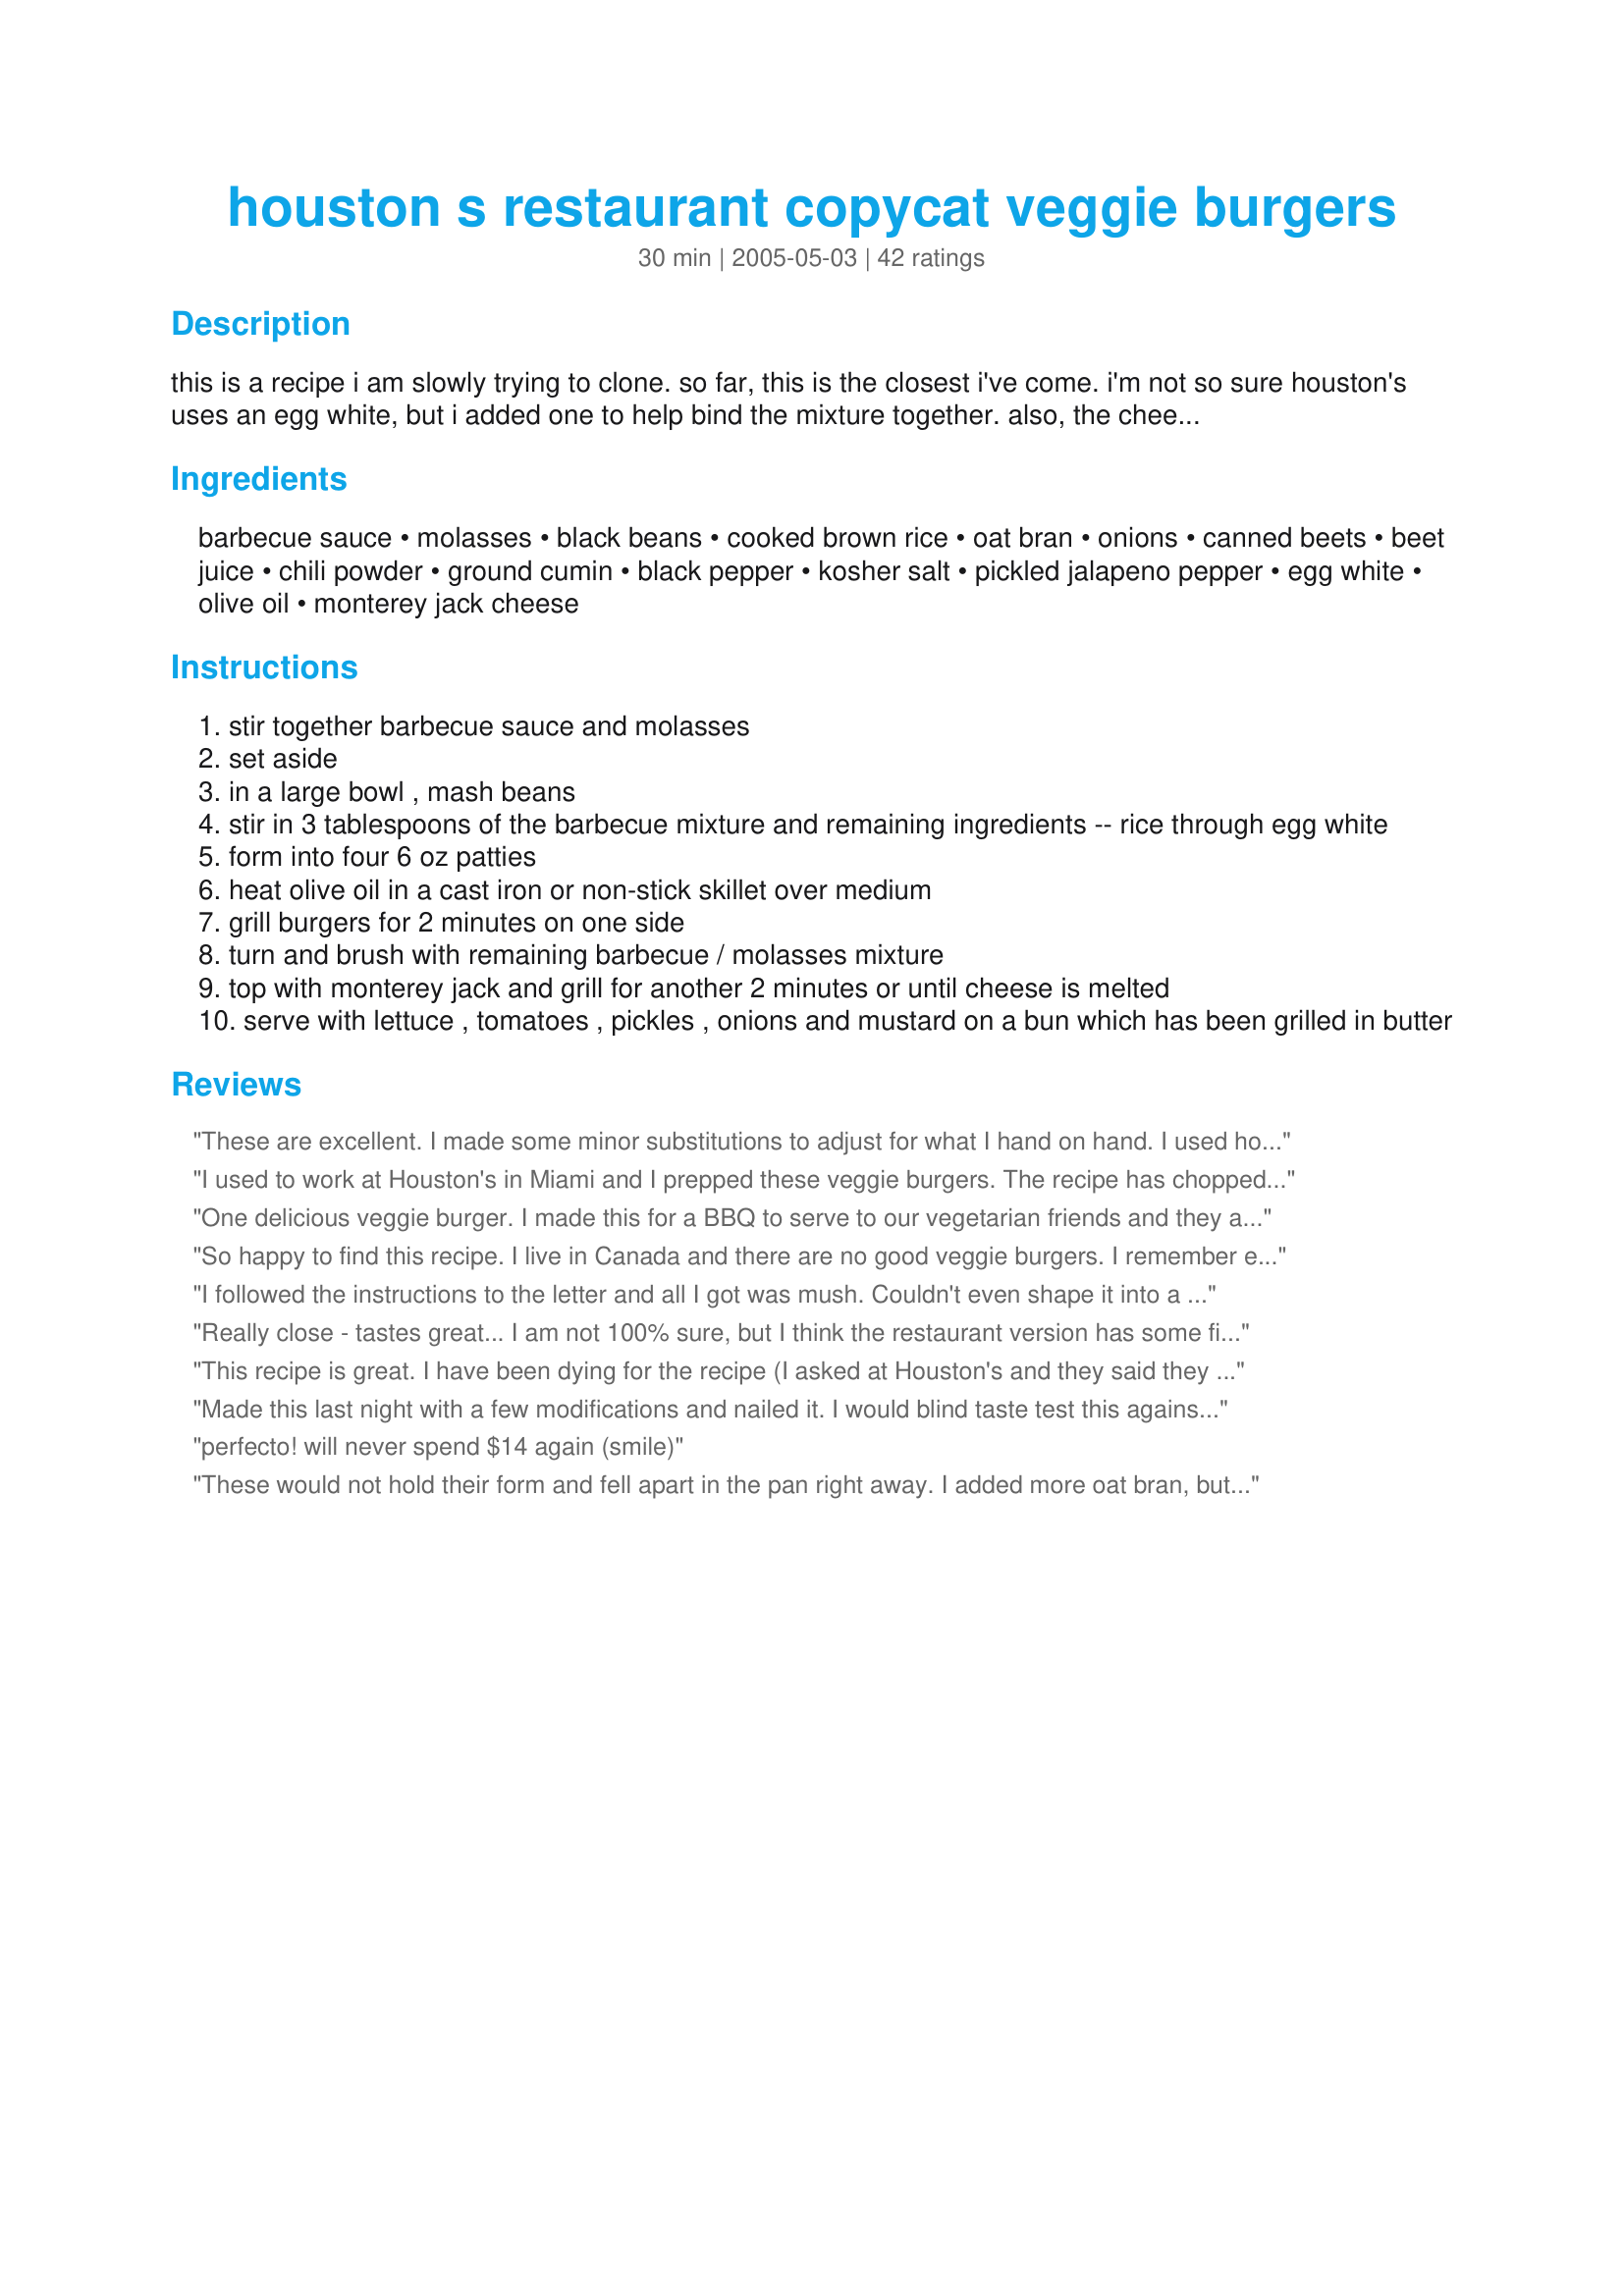
houston s restaurant copycat veggie burgers
Preparation time: 30 minutes

this is a recipe i am slowly trying to clone. so far, this is the closest i've come. i'm not so sure houston's uses an egg white, but i added one to help bind the mixture together. also, the cheese is optional. houston's definitely grills their buns in butter, so that's probably another reason why their burgers are so good. if you try this and have any tips for me, please let me know. thanks!!

p.s. thanks for the reviews. i don't have premium (yet) and can't email you all thank yous, but i'm reading the reviews and appreciate the input.

Ingredients:
barbecue sauce, molasses, black beans, cooked brown rice, oat bran, onions, canned beets, beet juice, chili powder, ground cumin, black pepper, kosher salt, pickled jalapeno pepper, egg white, olive oil, monterey jack cheese

Steps:
stir together barbecue sauce and molasses
set aside
in a large bowl , mash beans
stir in 3 tablespoons of the barbecue mixture and remaining ingredients -- rice through egg white
form into four 6 oz patties
heat olive oil in a cast iron or non-stick skillet over medium
grill burgers for 2 minutes on one side
turn and brush with remaining barbecue / molasses mixture
top with monterey jack and grill for another 2 minutes or until cheese is melted
serve with lettuce , tomatoes , pickles , onions and mustard on a bun which has been grilled in butter

Reviews:
These are excellent. I made some minor substitutions to adjust for what I hand on hand. I used honey not molasses, honey garlic BBQ sauce not hickory, a fresh jalapeno not pickled, and 1 small pickled beet not canned. I also reduced the cumin and salt and left out the egg as it did not need it. I put all the ingredients in the food processor and it was done in no time. These were full of flavour and a hit with my vegetarian daughter. Thanks for the easy recipe.
I used to work at Houston's in Miami and I prepped these veggie burgers.

The recipe has chopped FIGS in it and tons of garlic.
One delicious veggie burger. I made this for a BBQ to serve to our vegetarian friends and they all raved.
So happy to find this recipe. I live in Canada and there are no good veggie burgers. I remember eating at Houston&#039;s all the time off Westheimer and asking for the recipe. The waiter would tell me one ingredient at a time and I for sure remember him mentioning mushrooms and oats. For those wanting to eliminate the egg I would think 1 tbsp of flax powder would hold and bind the recipe. I am going to try this recipe and add the flax and mushrooms and you let you know how it turns out, I &#039;ll include a photo.
I followed the instructions to the letter and all I got was mush. Couldn't even shape it into a patty. This was my last try at Veggie Burgers and I have to say, I will never try it again. Hello clogged arteries, good-bye veggies
Really close - tastes great... I am not 100% sure, but I think the restaurant version has some finely chopped dates (or maybe raisins... something like that). Not a lot of them, but I have seen them in the burgers before!

I also throw in some bread crumbs if the patties are too wet.
This recipe is great. I have been dying for the recipe (I asked at Houston's and they said they could not give it out, so I was very happy to find it here). I added extra beets and onions (just a couple Tbs extra) and because the patties are so flaky, I ended up baking it in a casserole dish at 350 for about 20 min. instead of making into indiv. patties.
Made this last night with a few modifications and nailed it. I would blind taste test this against Houston's any day.<br/> <br/>First make your own bbq sauce, 2 tablespoons each of soy, molasses, honey and Hoisin. Stir and put to the side. <br/><br/>In another large bowl dice beans as recipe calls for then add half of the bbq sauce, save rest for when cooking patties.<br/><br/>Cook 1 and half cups of brown rice (I used brown jasmine) and roast two beets (go online to see how, really easy, olive oil and salt sealed in aluminum foil at 375 till soft to the touch. Half of a white onion, sautéed, when each is done add to beans (dice beets and add any juice from foil)<br/><br/>Add 1 teaspoon each of chili powder and salt.<br/>1/4 teaspoon each of ground cumin, smoked paprika and ground black pepper.<br/>1 diced fresh jalapeno<br/>4 diced garlic cloves.<br/>2 teaspoons of olive oil<br/>2 each of dried prunes, plums and figs - diced<br/>1 egg or egg substitute <br/><br/>Take your time, should be about 50 minutes and everything around room temp. They stayed together perfectly.<br/><br/>To cook, get a cast iron skillet smoking, add a coat of olive oil, place patties and drip bbq sauce on top, flip after 2 minutes and repeat with sauce. Add monterey jack slices and cover for two minutes. Get good buns and broil with olive oil.<br/><br/>They need nothing else, meat eaters loved and veggie%u2019s said it was better than houstons. Worth the work, one hour total. I made 6 patties with leftovers.<br/>Good luck and enjoy
perfecto! will never spend $14 again (smile)
These would not hold their form and fell apart in the pan right away. I added more oat bran, but still fell apart. The taste was pretty good, but the patty needs more structure.
Thank you for putting this recipe on the web. I moved from FL to VT 3 years ago - no Houston&#039;s in sight. This is even better because I don&#039;t even have to leave home to get the fine taste that I have been missing! Outstanding!!! Nicely done!
A good veggie burger, but no where near the same taste as Houston&#039;s.
Headchef, do you know the quantities of your ingredient list....& what kind of oat cereal .....please share...thanks
Houston's may use different things at different locations because the one I eat at roasts their own beets and uses them for the garden burgers. So it's ROASTED BEETS instead of canned. I LOVE their garden burgers!
Recipe is great. Just needed a couple modifications (which I'm going to still work on)

1 cup (instead of 1/2 cup breadcrumbs)
2 eggs (instead of 1)

Adding 1 tbsp. honey did wonders for the flavor

Also, I would recommend roasting the onions and the beets before adding. This helped maintain consistency.
I haven't tried this yet, however when I quizzed a houston's waiter once, I was told "prunes" was one of the ingredients.
Incorporated many of foodforjoe's suggestions. Served it last night to a 'restauranteur' who gave it a thumbs up. I made it with figs and they worked great. Also used 2 cans beans and 4 cups cooked varied brown rice. <br/><br/>My main modification. Having been fiddling with this recipe multiple times, this time I used a food processor first fully processed the beans (drained and rinsed) and then added the rice to the make a thoroughly pasty mixture. After that I added all the remaining ingredients including about a third a cup of panko and one egg while I formed the patties and the refrigerated them for about a half hour before cooking. They stayed together like glue and looked amazingly meat like and gorgeous! (as well as very tasty).<br/><br/>My one other 'beef'. With all the discussion of the burgers I've heard from only one person about the sauce Hillstone uses. Not having eaten there in a while I didn't have much of a recollection of it other than to recall it as being part of a sublime experience. Someone mentioned it as being a combination of mayonnaise and dijon mustard which I tried. It was an excellent addition. Serving it with Trader Joe's ciabatta (?) type rolls which I did NOT first butter before grilling (a little mayonnaise served as my concession to taste over health) and sliced tomatoes, red onions and sweet pepper relish rounded out a thoroughly delicious burger. Did I mention that the restauranteur has a BBQ restaurant as his main venture?<br/><br/>Made it basically double size (as above) in order to have lots of left overs which we did. It made about 12 delicious burgers.<br/><br/>Any other suggestions re the sauce would be welcome
I have to say this is definitely very close to the Houston's veggie burger! It was very delicious and quite easy to make. I did read the other reviews and made slight modifications. I sauteed the onion and garlic first. I also used my food processor and processed the beans first. Then I put all the other ingredients in. I added 2 diced prunes and 3Tbs of bread crumbs. I also added 1 more TBS of oat bran. I also used the Ener-G egg replacer. I processed everything together and I don't know if it was because I used the food processor but I did not have a problem with it falling apart at all. I used a lid to a tupperware that I had and I used some press and seal wrap. I put the lid under the wrap and formed the patties then once I wrapped them all I put them in the fridge to chill. They were in there for about an hour, maybe an hour and a half, then I heated in the skillet. They never fell apart even when I flipped them. I will definitely be making more of these. I am the only vegan in the family and my daughter who definitely loves meat loved this burger and I wound up having to heat one up for her after she ate her whole dinner. I used to live fairly close to a Houston's and it was definitely a restaurant we went to often, but then I moved and the closest one is over an hour away so I never get to eat there anymore. I have definitely missed eating there but now I don't have to miss it anymore! Thanks for sharing the recipe!
Having just eaten a Houston's veggie burger the other day, and watching the grill guy make them (as we were waiting for a table), I can say this is a pretty close recipe. One thing for sure, we asked the grill guy what he was brushing on the burgers, and he said sweetened soy sauce, and the waitress told us dried prunes were in here too. They also grill over a wood burning grill. So, I took that info and tweaked this recipe slightly. I firstly used short grain brown rice, cooked it first and allowed it to cool to room temp before making these. I used 2 cps of cooked rice, 1 can of rinsed and drained black beans. I saut&eacute;ed half of a Vidalia onion and 2 cloves of garlic. I did all this prepping in the food processor, so everything was super tiny, the beets and a fresh seeded jalape&ntilde;o instead of pickled. Also, used 4 dried prunes and did those in the processor as well as roughly mashed the beans in the processor. Added 1/4 cp of oat bran cereal instead of the 1 Tbs called for in this recipe. The rest of the spices, beet juice the same as this recipe. I did NOT add egg white. I made a brushing mixture of lite soy, honey, and because I did not put these on a charcoal grill, I addded liquid smoke to taste. The addition of the liquid smoke, I think, really gives this a grilled and smoky taste. I used no barbecue sauce mixture in the burgers themselves. I mixed all this with my hands and really incorporated it all thoroughly. The burgers stuck together beautifully, no problem with falling apart. I dipped the entire burger in the soy mixture before grilling stovetop. These really are good. Perhaps a little more black bean tasting than Houston's, but it's a winner for a veggie burger, lots of flavor. Thx for sharing your original recipe. And hope you don't mind the few changes.
I loved this recipe but changed some things to make sure that the patties won't fall apart. I used a whole egg instead of the egg white, intead of the oat bran I used 3 tbsp oats ( we dont get oat bran here). I also cooked the onion so that they won't release more water into the pattie and make it fall apart. The other thing I changed was using short grain rice because that is all I happened to have at home. The patties cooked beautifuly and my DH didn't notice that he was eating a veggie burger until I told him. I think they were superb and hope this information will help you perfect it. THANKS CLAIRE
Awesome. So excited about this recipe as the veggie burger is all I ever order at Houston’s. 5 star flavor! But 4 stars bc I ran into a problem. Noticed the consistency seemed to wet. I After reading reviews, I added more bran. Thought about adding the whole egg but it was too late. Cooked them on the egg and had to put them on foil bc even with additional bran they were too liquid. Ok so cooked them on one side and tried to flip but they stuck. Flipped them anyway, brushed with suace and added cheese. Beautiful presentation! Delicious flavor. Rivals Houston’s. Just don’t know how to fix the consistency problem so I could put straight on the grill and nix the foil. Or how to prevent the awful sticking to the foil if I have to use foil. Also I added minced garlic, 3 cloves and 1/2 minced scallion. So very good!
We don&#039;t have a Houston&#039;s around here but we sure liked these. Have been trying many lately and these are the best.
i worked for the restaurant and can tell you that it is definitely brushed with sweet soy sauce during cooking! hope this helps :)
I have tried a similar recipe and asked Houston's. They do use small black beans, beet juice only-no chopped beets (though that is a nice addition),sweet soy sauce, oat bran, and mushrooms.If you look at Bandera's recipe they use sweet potatoes too. I tried it and its good.I don't think they use egg white-according to Peta's website this burger is vegan. I'm experimenting again tonight. I'll let you know how it comes out.
Pretty good. I've never put beets in veggie burgers (or anything for that matter :D) and they add a really nice background flavor! I baked the patties then lightly fried them before serving. They help together ok, but that is an aspect that would need tweaking (I used 1 whole egg).
Thanks!
I took the advice of 1/4 Cup Oat Bran, 1 egg and saute chopped onion before adding to mixture.<br/>Baking using olive oil non stick spray was fine and the burgers didn't fall apart. I had honey so I used that instead of molasses. I also added figs and a teaspoon of crushed garlic. Mashing the black beans was labor intense. Any helpful hints?
You did an excellent job! We are so excited. We have been trying to duplicate this recipe for years. I will let you in on a little secret. I became friendly with a waiter at Housten's. He told me there were plums in the recipe. I assumed he meant prunes. So, I chopped up some prunes and added them to the recipe. That is all I changed. Excellent job. Congrats again on finding he secret ingredients. Well done!
My husband and I eat at Huston's mainly for this housemade veggie burger....I was kind of hesitant to try this because of the work involved BUT it was sooooooooo worth it! I added more of the oatbran to my burger mix only because it was very sticky and wasn't holding together well. Once I added the extra oatbran I formed them into patties and stuck them in the fridge for about an hour to firm up. They were very very close to the taste of Houston's veggie burger. Has anyone tried freezing them? They are quite time consuming but very much work the effort.
Just made this. It came out great!!! We put it on a buttered brioche bun from Aldi's. It was the closest to Houston's. Served it with lettuce tomato onion pickle avocado &amp; chips. Next time the side will be jicama, apple fennel slaw. Thank You. Eileen Allar
Brilliant! I increased the oat bran to 1/4 cup, added 1/4 teaspoon smoked paprika, and instead of an egg I used 1/2 teaspoon cornstarch. Houston's has my favorite veggie burger ever and this is an almost exact replica! Scrumptious!
Houston's lied to you, Chef#226412---They do use chopped beets. I used to make the veggie burgers when I worked prep there. Brown rice, oat cereal, chopped black beans, salt, pepper, fresh garlic, jalapenos, white onion. The glaze is honey, soy, hoisin, and molasses. it gets dipped before grilling and held in the marinade before cooking.
The recipe is quite good but I was frustrated by the burgers falling apart!! I have now solved the problem:1. add 2 tablespoons bread crumbs 2. add 2 beaten eggs and 3....Most Important... heat burger pattys in Microwave for 2 minutes prior to storing in fridge !
This may be IT. I've been trying to "reverse engineer" this burer for some time. 

Two amall differences however, our local Houstons in SOCAL uses small black beans instead of pintos and a small amount of something red like maybe shredded cooked beets to give the burger a rare meat look. 

The proportions and measurements are kinda weird, and I agree that it needs experimentation. 

Please report on your results and I will too. thanks rich vinet, irvine, CA
i could have sworn there were carrots in this patty. Also, for serving (aside from the cheddar cheese, sliced sour dill pickles, tomato and onion), Houston&#039;s uses and egg bun, mayo and mustard, puts shredded cabbage under the patty (on the bottom half of the bun) to prevent the bun from getting soggy, and also uses a specialty sweet relish that is made with cinnamon.&lt;br/&gt;I&#039;m looking forward to trying this burger recipe. For me, the setup is just as important as the patty itself.
I made these burgers and was shocked by how good they were! Used chetter cheese but went by recipe the rest of the way. Suggest finely chopping the beans instead of mashing them for a little more texture and adding some bread crumbs or flour so the patties won't be quite as sticky.Also use fresh jalapenos.
I love this recipe. I also had to modify it. I added an extra egg and then equal amounts of bread crumbs & oat bran until they held together a little better. Once I formed patties I refrigerated them until I was ready to cook them.
this was a really good recipe that I have used many times, and I really appreciate the time the author took to put it together. I have experimented with it in various ways. It doesn't hold together, but neither do the Houston's burgers really.

One thing that I have found REALLY helps is to use Ener-G Egg Replacer instead of the egg, and letting it sit in the fridge overnight before using it. I'm not vegan but was experimenting with the egg replacer, and I found that for some reason it really makes it taste like the original. Or at least good. If you don't have it, the egg replacer is made of potato starch mainly, which you mix with water. you could probably google it for the ingredients.

I also don't use the oat brain but sometimes oat meal if I have it.
The flavor is phenomenal! Exactly like Houston's. I would have given 5 stars but the burgers didn't hold together well. Maybe I did something wrong? I will definitely make these again and often and will revise my rating to 5 stars if the burgers hold together next time.
I made these last night and they were delicious! However, the patties did crumble, so I will try the tips for adding bread crumbs and beaten eggs. Any other suggestions out there to make it bind together? Thanks.
excellent black bean burger! I read all the reviews, substituted 1 whole egg for the egg whites, rolled oats for the oat bran, added a little more roasted beets and 2 TBL chopped garlic, and 4-5 TBL bread crumbs to help hold them together. I refrigerated them for two hours, then cooked them in a nonstick skillet. They held together and were a major hit with my husband and son.
I had been looking forward to trying this recipe after a friend told me about it. I really liked it! I did a few things differently... I wanted to make them vegan, so I substituted the egg white for 1 tablespoon white rice flour and 1 tablespoon of cornstarch. Also, substituted the bbq sauce with hoisin sauce. I sauteed the beets and onions, with some fresh garlic, before mixing them into the bean mixture. I then chilled the mixture for a few hours before forming the patties, and baked them on 350 for 25 minutes. After they cooled, then I grilled as described in the recipe. I served them on a whole wheat bun grilled in coconut oil, and topped the patty with sauteed onion slices and vegan Monterrey Jack. YUM!!! Next time I will need more binder, as they held well together, but were rather soft to bite into. My friend mentioned that the original posted recipe required quite a bit more egg white to hold together. Great recipe. I will def make these again. THANKS!!!
No offense but these taste nothing like Houston’s at least not if you’ve been in the past five years which clearly this recipe is old. These were awful - texture all wrong, taste bad, and no way are they done after 2 Mins per side. More like 20.
